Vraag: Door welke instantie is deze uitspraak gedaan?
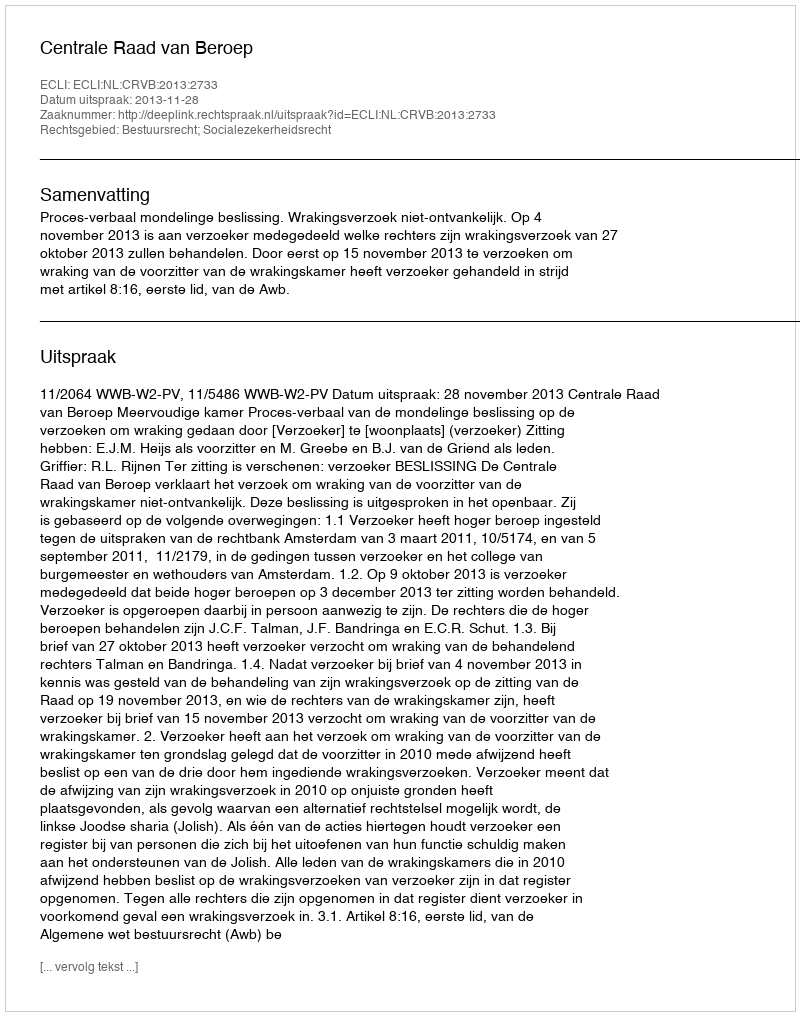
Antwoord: Centrale Raad van Beroep